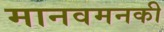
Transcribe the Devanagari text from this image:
मानवमनकी